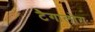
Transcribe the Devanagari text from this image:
टैगालोग